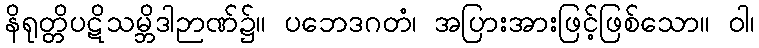
နိရုတ္တိပဋိသမ္ဘိဒါဉာဏ်၌။ ပဘေဒဂတံ၊ အပြားအားဖြင့်ဖြစ်သော။ ဝါ၊